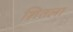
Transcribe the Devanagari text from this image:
शितला